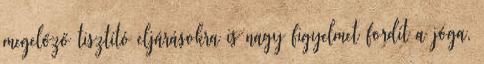
megelőző tisztító eljárásokra is nagy figyelmet fordít a jóga,